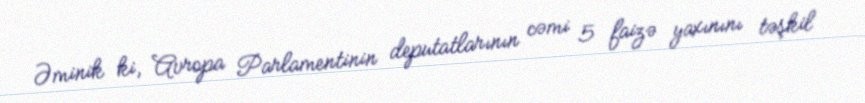
Əminik ki, Avropa Parlamentinin deputatlarının cəmi 5 faizə yaxınını təşkil